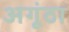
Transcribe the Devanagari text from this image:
अगूंठा